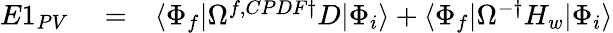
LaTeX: \begin{array}{rlr}{E1_{PV}}&{{}=}&{\langle\Phi_{f}|\Omega^{f,CPDF\dagger}D|\Phi_{i}\rangle+\langle\Phi_{f}|\Omega^{-\dagger}H_{w}|\Phi_{i}\rangle}\end{array}